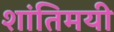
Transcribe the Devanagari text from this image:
शांतिमयी